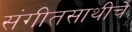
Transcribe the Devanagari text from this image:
संगीतसाथीचे